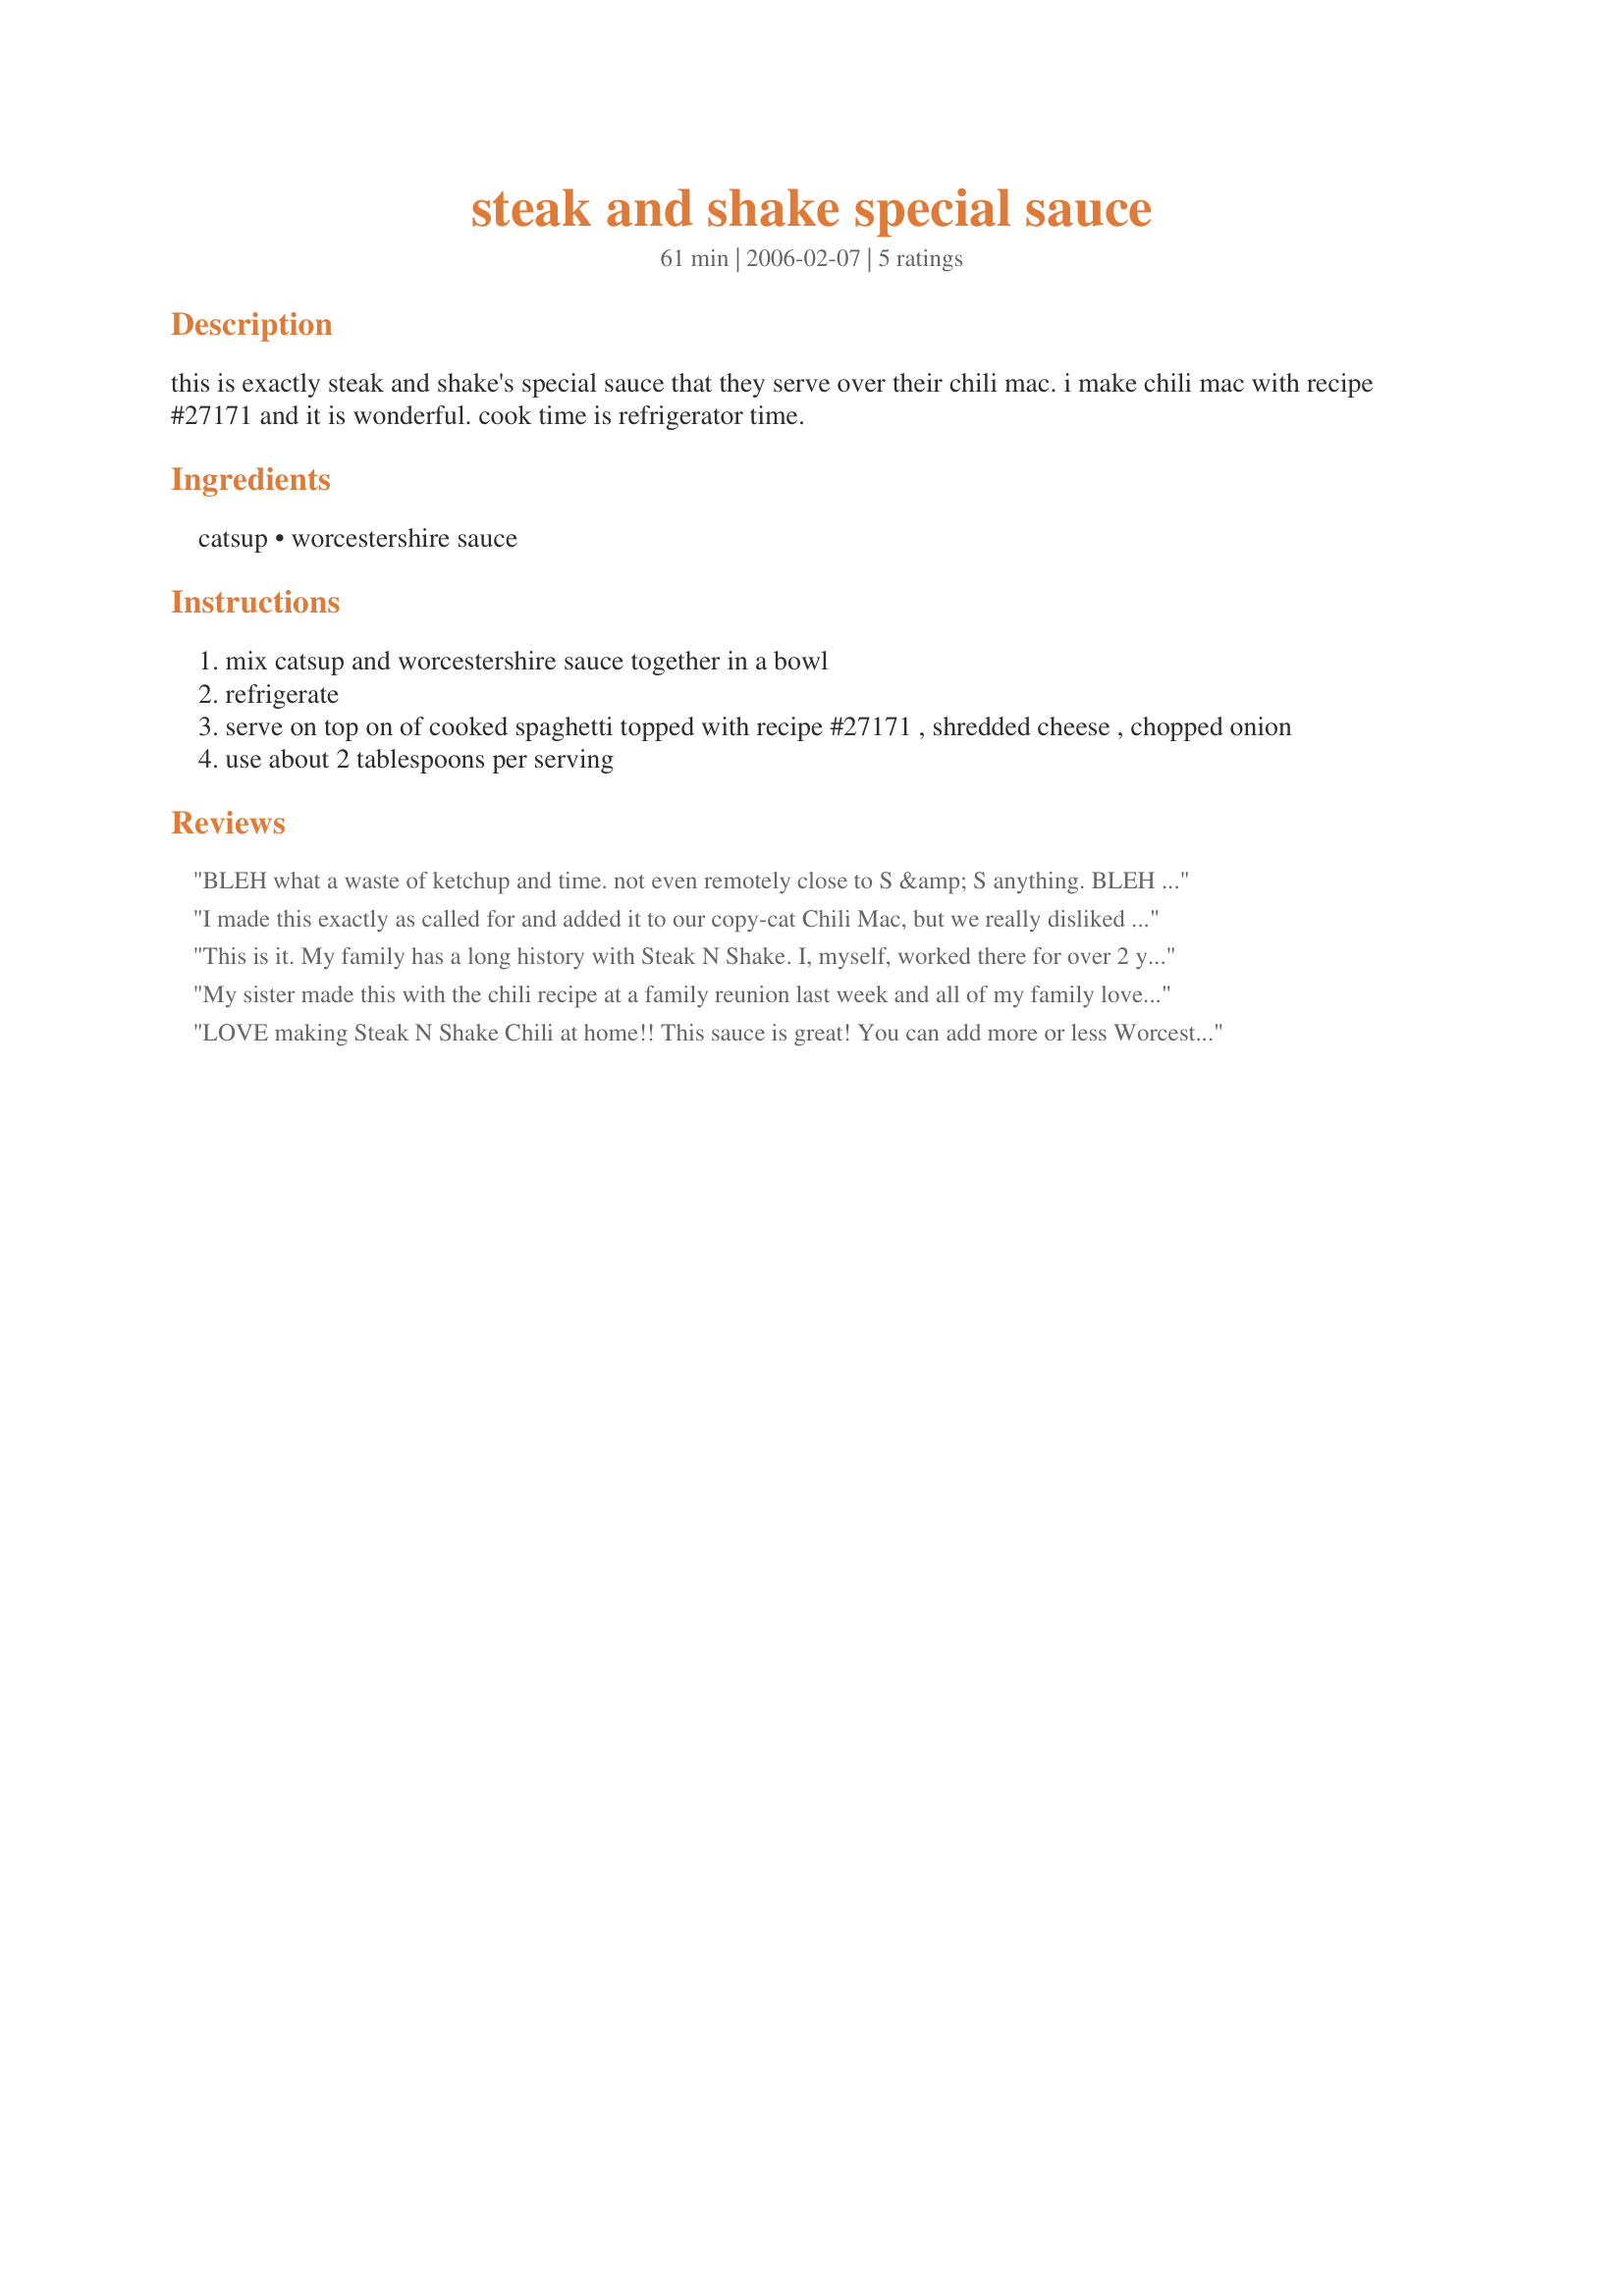
steak and shake special sauce
Preparation time: 61 minutes

this is exactly steak and shake's special sauce that they serve over their chili mac. i make chili mac with recipe #27171 and it is wonderful. cook time is refrigerator time.

Ingredients:
catsup, worcestershire sauce

Steps:
mix catsup and worcestershire sauce together in a bowl
refrigerate
serve on top on of cooked spaghetti topped with recipe #27171 , shredded cheese , chopped onion
use about 2 tablespoons per serving

Reviews:
BLEH what a waste of ketchup and time. not even remotely close to S &amp; S anything. BLEH BLEH BLEH
I made this exactly as called for and added it to our copy-cat Chili Mac, but we really disliked it! It wasn't as thick as the actual special sauce and was way too tangy. Not sure how to fix it, but I'll just skip making it next time.
This is it. My family has a long history with Steak N Shake. I, myself, worked there for over 2 years. I even won the title of The Master of the Grill for our area and came in second place in our district. This recipe is spot on. If you know anything about S N S chili macs, you know that their meat sauce is very unusual. That&#039;s what makes the defining difference. I have yet to discover their secrets, it always came to the restaurants prepackaged. The only suggestion that I have is to buy their chili. You can buy at at the restaurants and some grocery stores carry it. A couple Tbsp is enough to do the trick to give it that more authentic taste. BTW, they always used Heinz ketchup for the sauce.&lt;br/&gt;&lt;br/&gt;They have changed very little over the years. The traditional chili mac doesn&#039;t have chili, it just has the meat sauce and the red sauce with the spaghetti. The chili 5 ways added chili, extra meat sauce, shredded Cheddar ?n jack cheese and diced onion (we used green onion back in the 80&#039;s, I think they use a different kind now). They always had Romano cheese and I think it gives it just the right finishing, B-A-M! (In the words of Emeril Lagasse.)
My sister made this with the chili recipe at a family reunion last week and all of my family loved it! We eat at Steak n Shake often (we're from Normal, IL where the first Steak n Shake opened) and it was nice having a bit of home in TN. Thanks!
LOVE making Steak N Shake Chili at home!! This sauce is great! You can add more or less Worcestershire to taste. I have been making this sauce for years and never really knew the correct amounts to use. I taste the sauce to make sure it is not too ketchupy. =)
